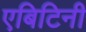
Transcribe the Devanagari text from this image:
एबिटिनी